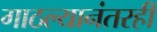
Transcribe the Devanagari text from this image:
गाठल्यानंतरही